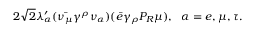
2 \sqrt { 2 } \lambda _ { \alpha } ^ { \prime } ( \bar { \nu _ { \mu } } \gamma ^ { \rho } \nu _ { \alpha } ) ( \bar { e } \gamma _ { \rho } P _ { R } \mu ) , ~ ~ \alpha = e , \mu , \tau .